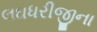
લઘધરીજીના